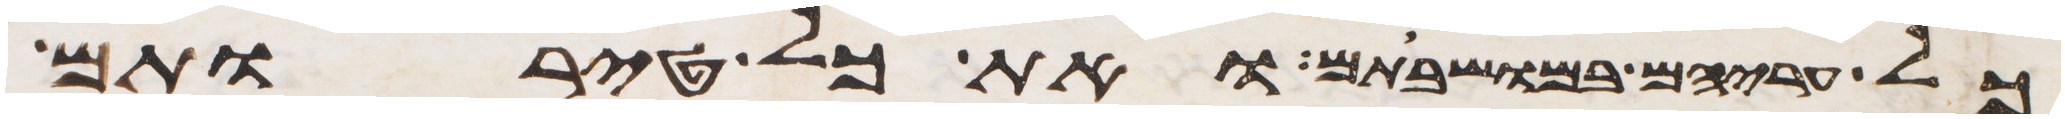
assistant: כל עריהם במושבתם ואת כל טירתם